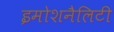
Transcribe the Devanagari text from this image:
इमोशनैलिटी